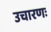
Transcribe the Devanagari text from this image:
उचारणः